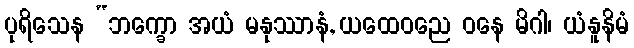
ပုရိသေန “ဘက္ခော အယံ မနုဿာနံ, ယထေဝညေ ဝနေ မိဂါ၊ ယံနူနိမံ